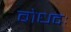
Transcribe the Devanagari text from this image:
बोधदः